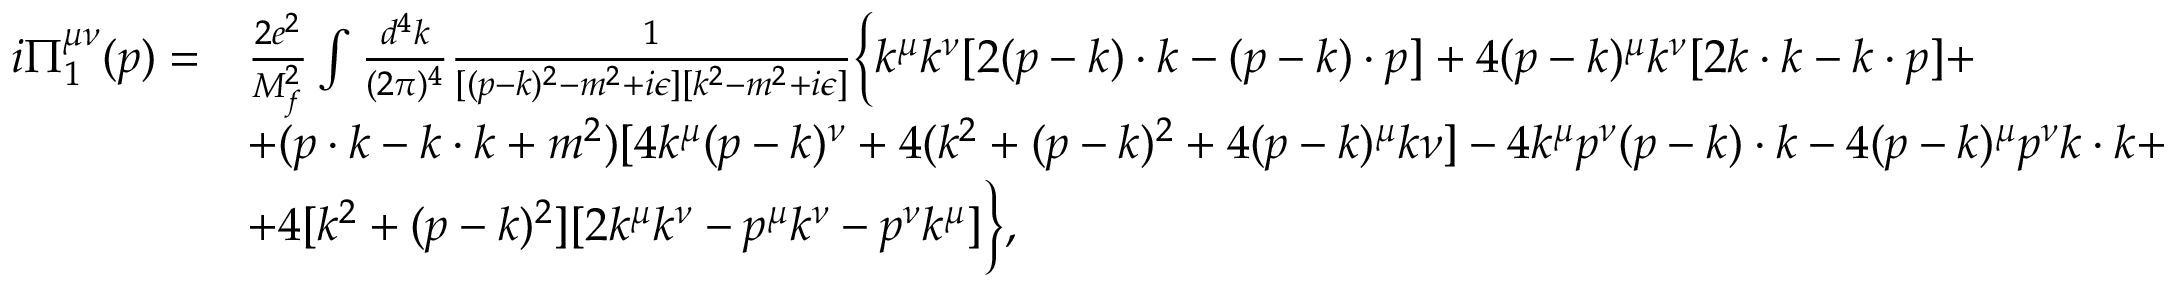
\begin{array} { r l } { i \Pi _ { 1 } ^ { \mu \nu } ( p ) = } & { \frac { 2 e ^ { 2 } } { M _ { f } ^ { 2 } } \int \frac { d ^ { 4 } k } { ( 2 \pi ) ^ { 4 } } \frac { 1 } { [ ( p - k ) ^ { 2 } - m ^ { 2 } + i \epsilon ] [ k ^ { 2 } - m ^ { 2 } + i \epsilon ] } \biggl \{ k ^ { \mu } k ^ { \nu } [ 2 ( p - k ) \cdot k - ( p - k ) \cdot p ] + 4 ( p - k ) ^ { \mu } k ^ { \nu } [ 2 k \cdot k - k \cdot p ] + } \\ & { + ( p \cdot k - k \cdot k + m ^ { 2 } ) [ 4 k ^ { \mu } ( p - k ) ^ { \nu } + 4 ( k ^ { 2 } + ( p - k ) ^ { 2 } + 4 ( p - k ) ^ { \mu } k \nu ] - 4 k ^ { \mu } p ^ { \nu } ( p - k ) \cdot k - 4 ( p - k ) ^ { \mu } p ^ { \nu } k \cdot k + } \\ & { + 4 [ k ^ { 2 } + ( p - k ) ^ { 2 } ] [ 2 k ^ { \mu } k ^ { \nu } - p ^ { \mu } k ^ { \nu } - p ^ { \nu } k ^ { \mu } ] \biggr \} , } \end{array}